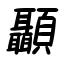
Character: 顳